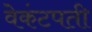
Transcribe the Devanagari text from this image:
वेकंटपती